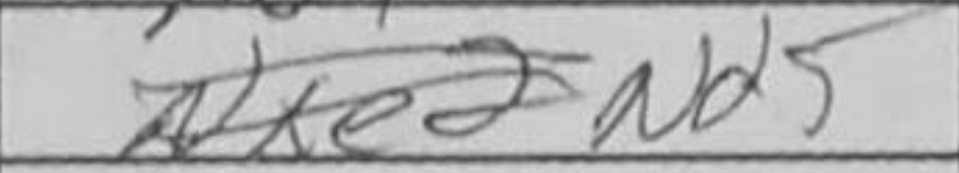
Transcription: Nd5